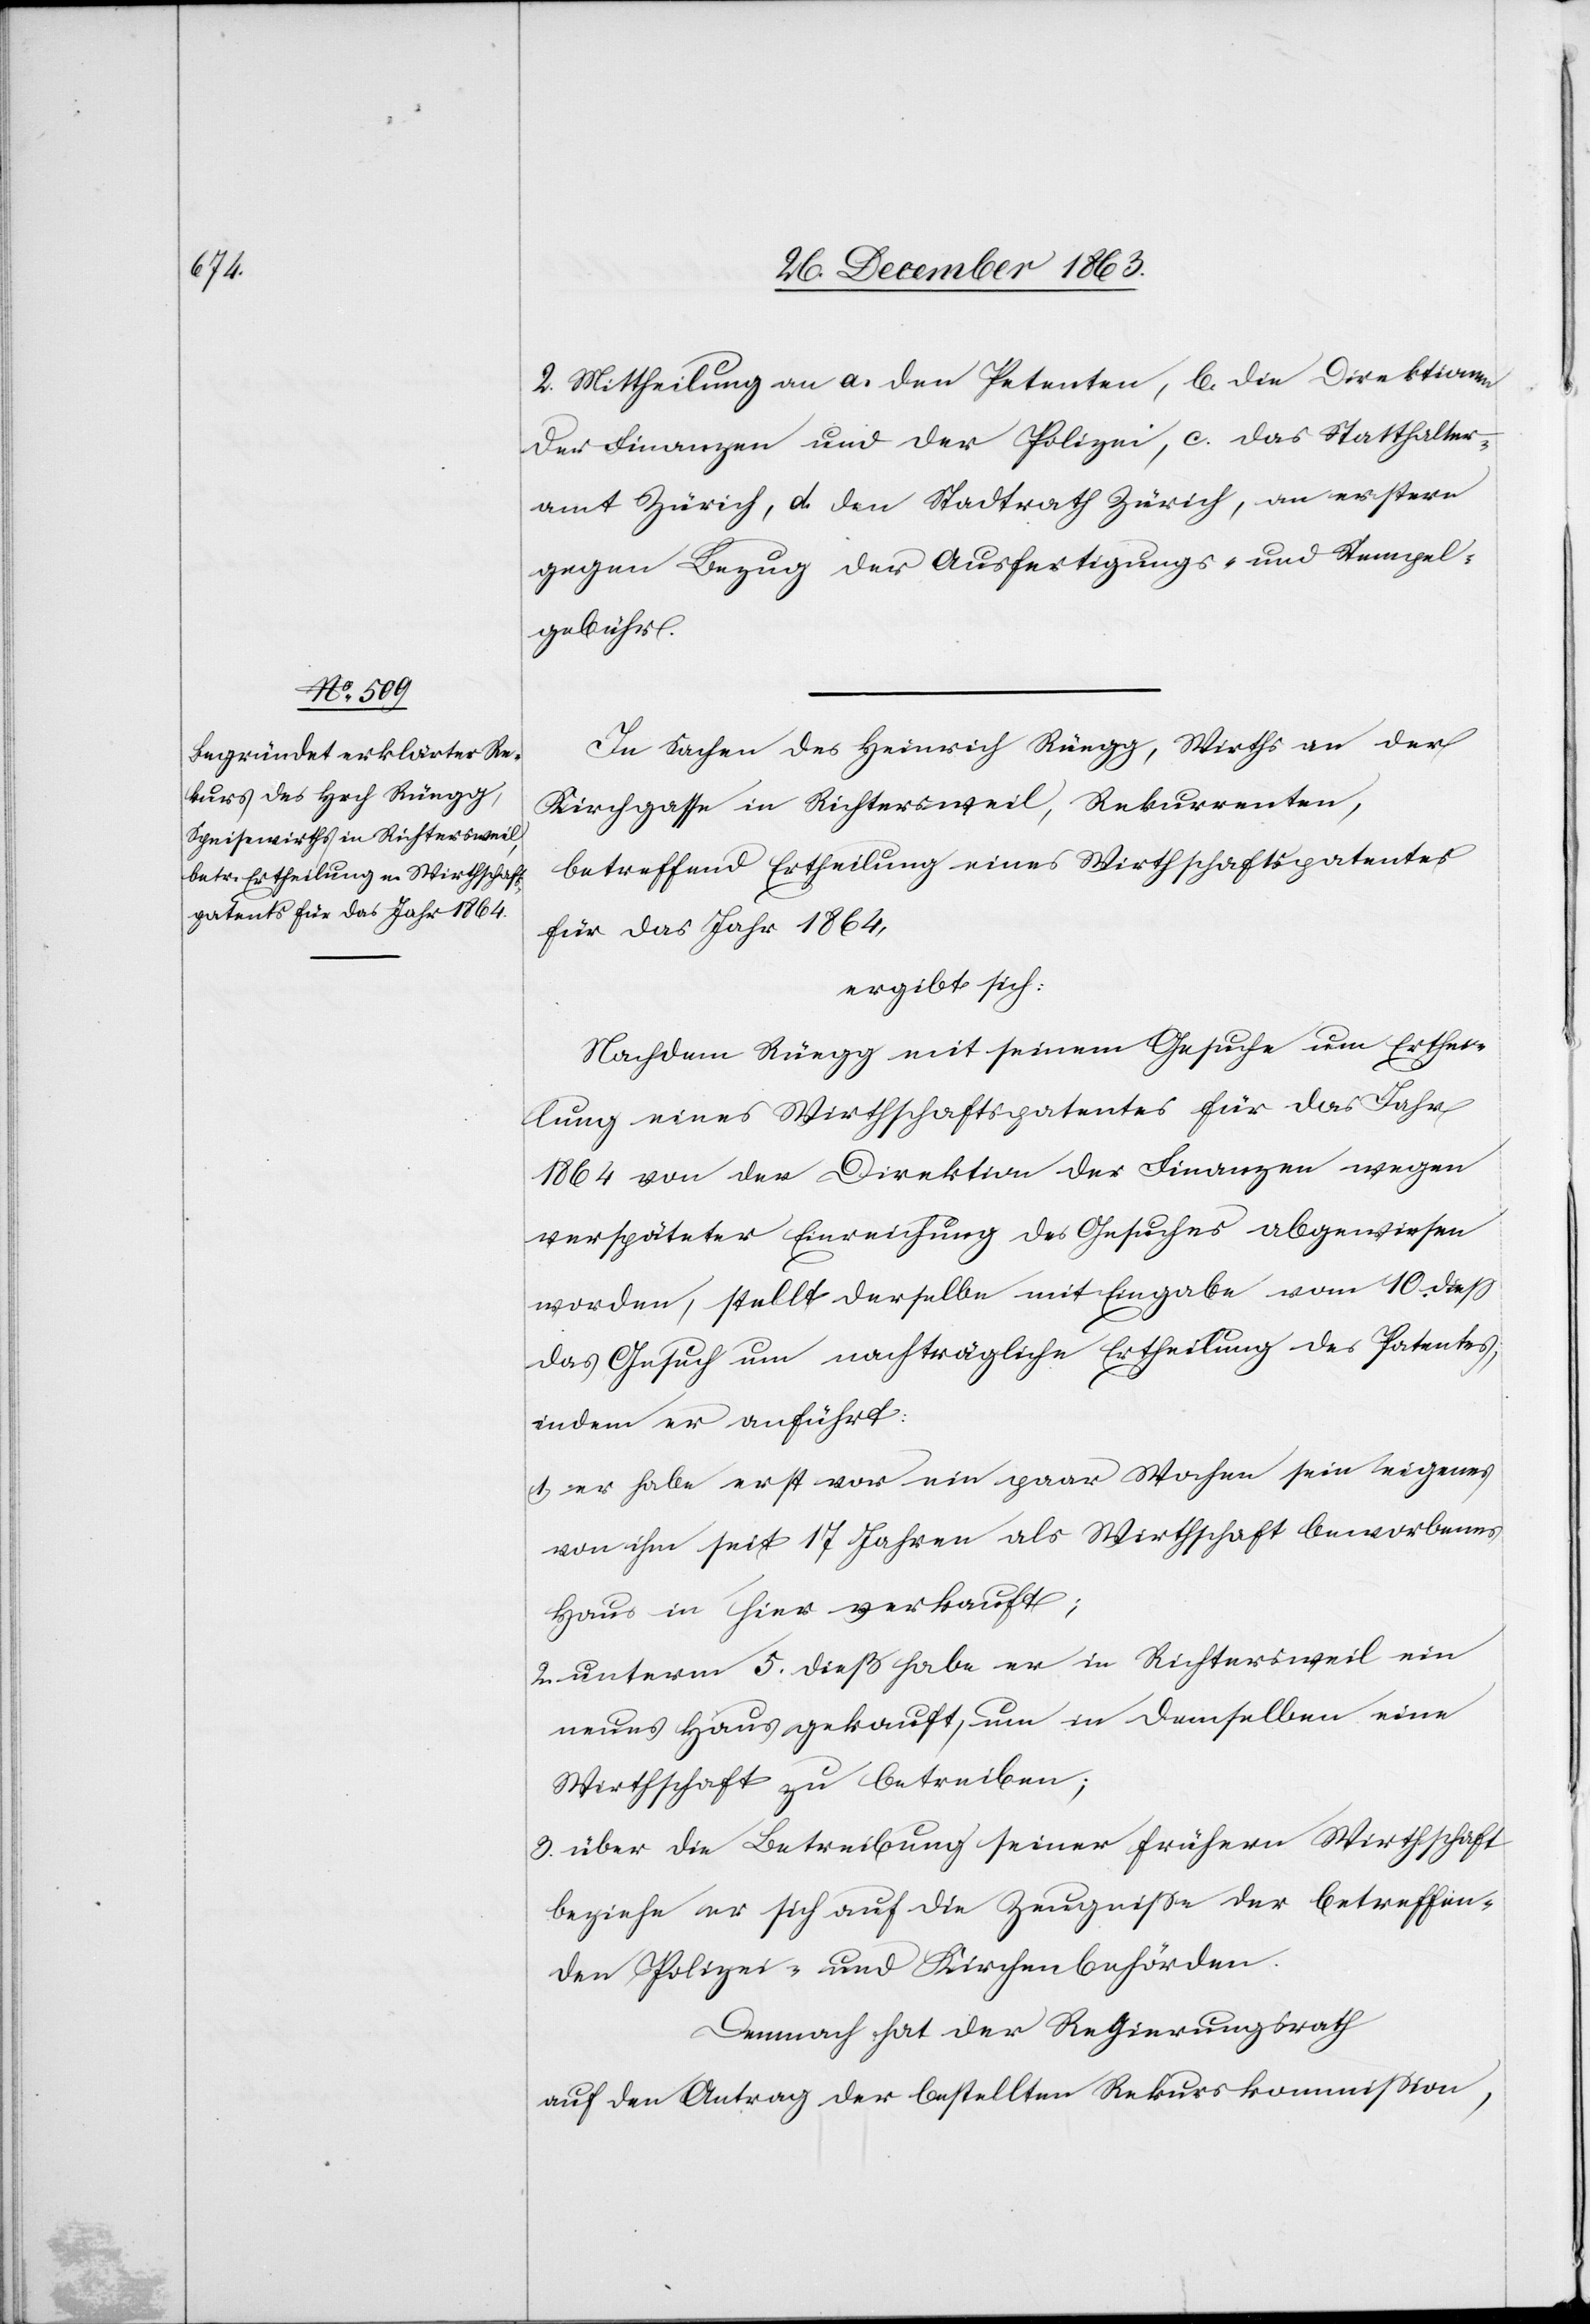
2. Mittheilung an a. den Petenten, b. die Direktionen
der Finanzen und der Polizei, c. das Statthalter¬
amt Zürich, d. den Stadtrath Zürich, an erstern
gegen Bezug der Ausfertigungs- u. Stempel¬
gebühr.
In Sachen des Heinrich Rüegg, Wirths an der
Kirchgasse in Richtersweil, Rekurrenten,
betreffend Ertheilung eines Wirthschaftspatentes
für das Jahr 1864,
ergibt sich:
Nachdem Rüegg mit seinem Gesuche um Erthei¬
lung eines Wirthschaftspatentes für das Jahr
1864 von der Direktion der Finanzen wegen
verspäteter Einreichung des Gesuches abgewiesen
worden, stellt derselbe mit Eingabe vom 10. diess
das Gesuch um nachträgliche Ertheilung des Patentes,
indem er anführt:
1. er habe erst vor ein paar Wochen sein eigenes
von ihm seit 17 Jahren als Wirthschaft beworbenes
Haus in hier verkauft;
2. unterm 5. dieß habe er in Richtersweil ein
neues Haus gekauft, um in demselben eine
Wirthschaft zu betreiben;
3. über die Betreibung seiner frühern Wirthschaft
beziehe er sich auf die Zeugnisse der betreffen¬
den Polizei- und Kirchenbehörden.
Demnach hat der Regierungsrath
auf den Antrag der bestellten Rekurskommission,